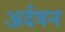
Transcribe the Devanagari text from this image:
अर्दवन